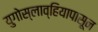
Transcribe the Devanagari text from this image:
युगोस्लाव्हियापासून